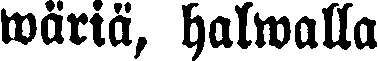
wäriä, halwalla